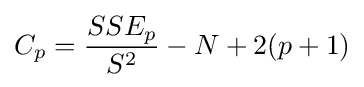
C_{p}={SSE_{p} \over S^{2}}-N+2(p+1)